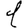
Digit: 1